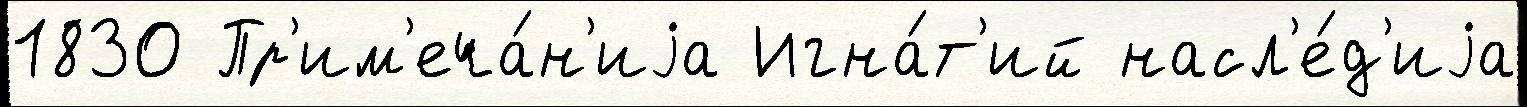
1830 Пр'им'еча́н'иjа Игна́т'ий насл'е́д'иjа